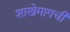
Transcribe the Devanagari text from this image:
शाखेमागची